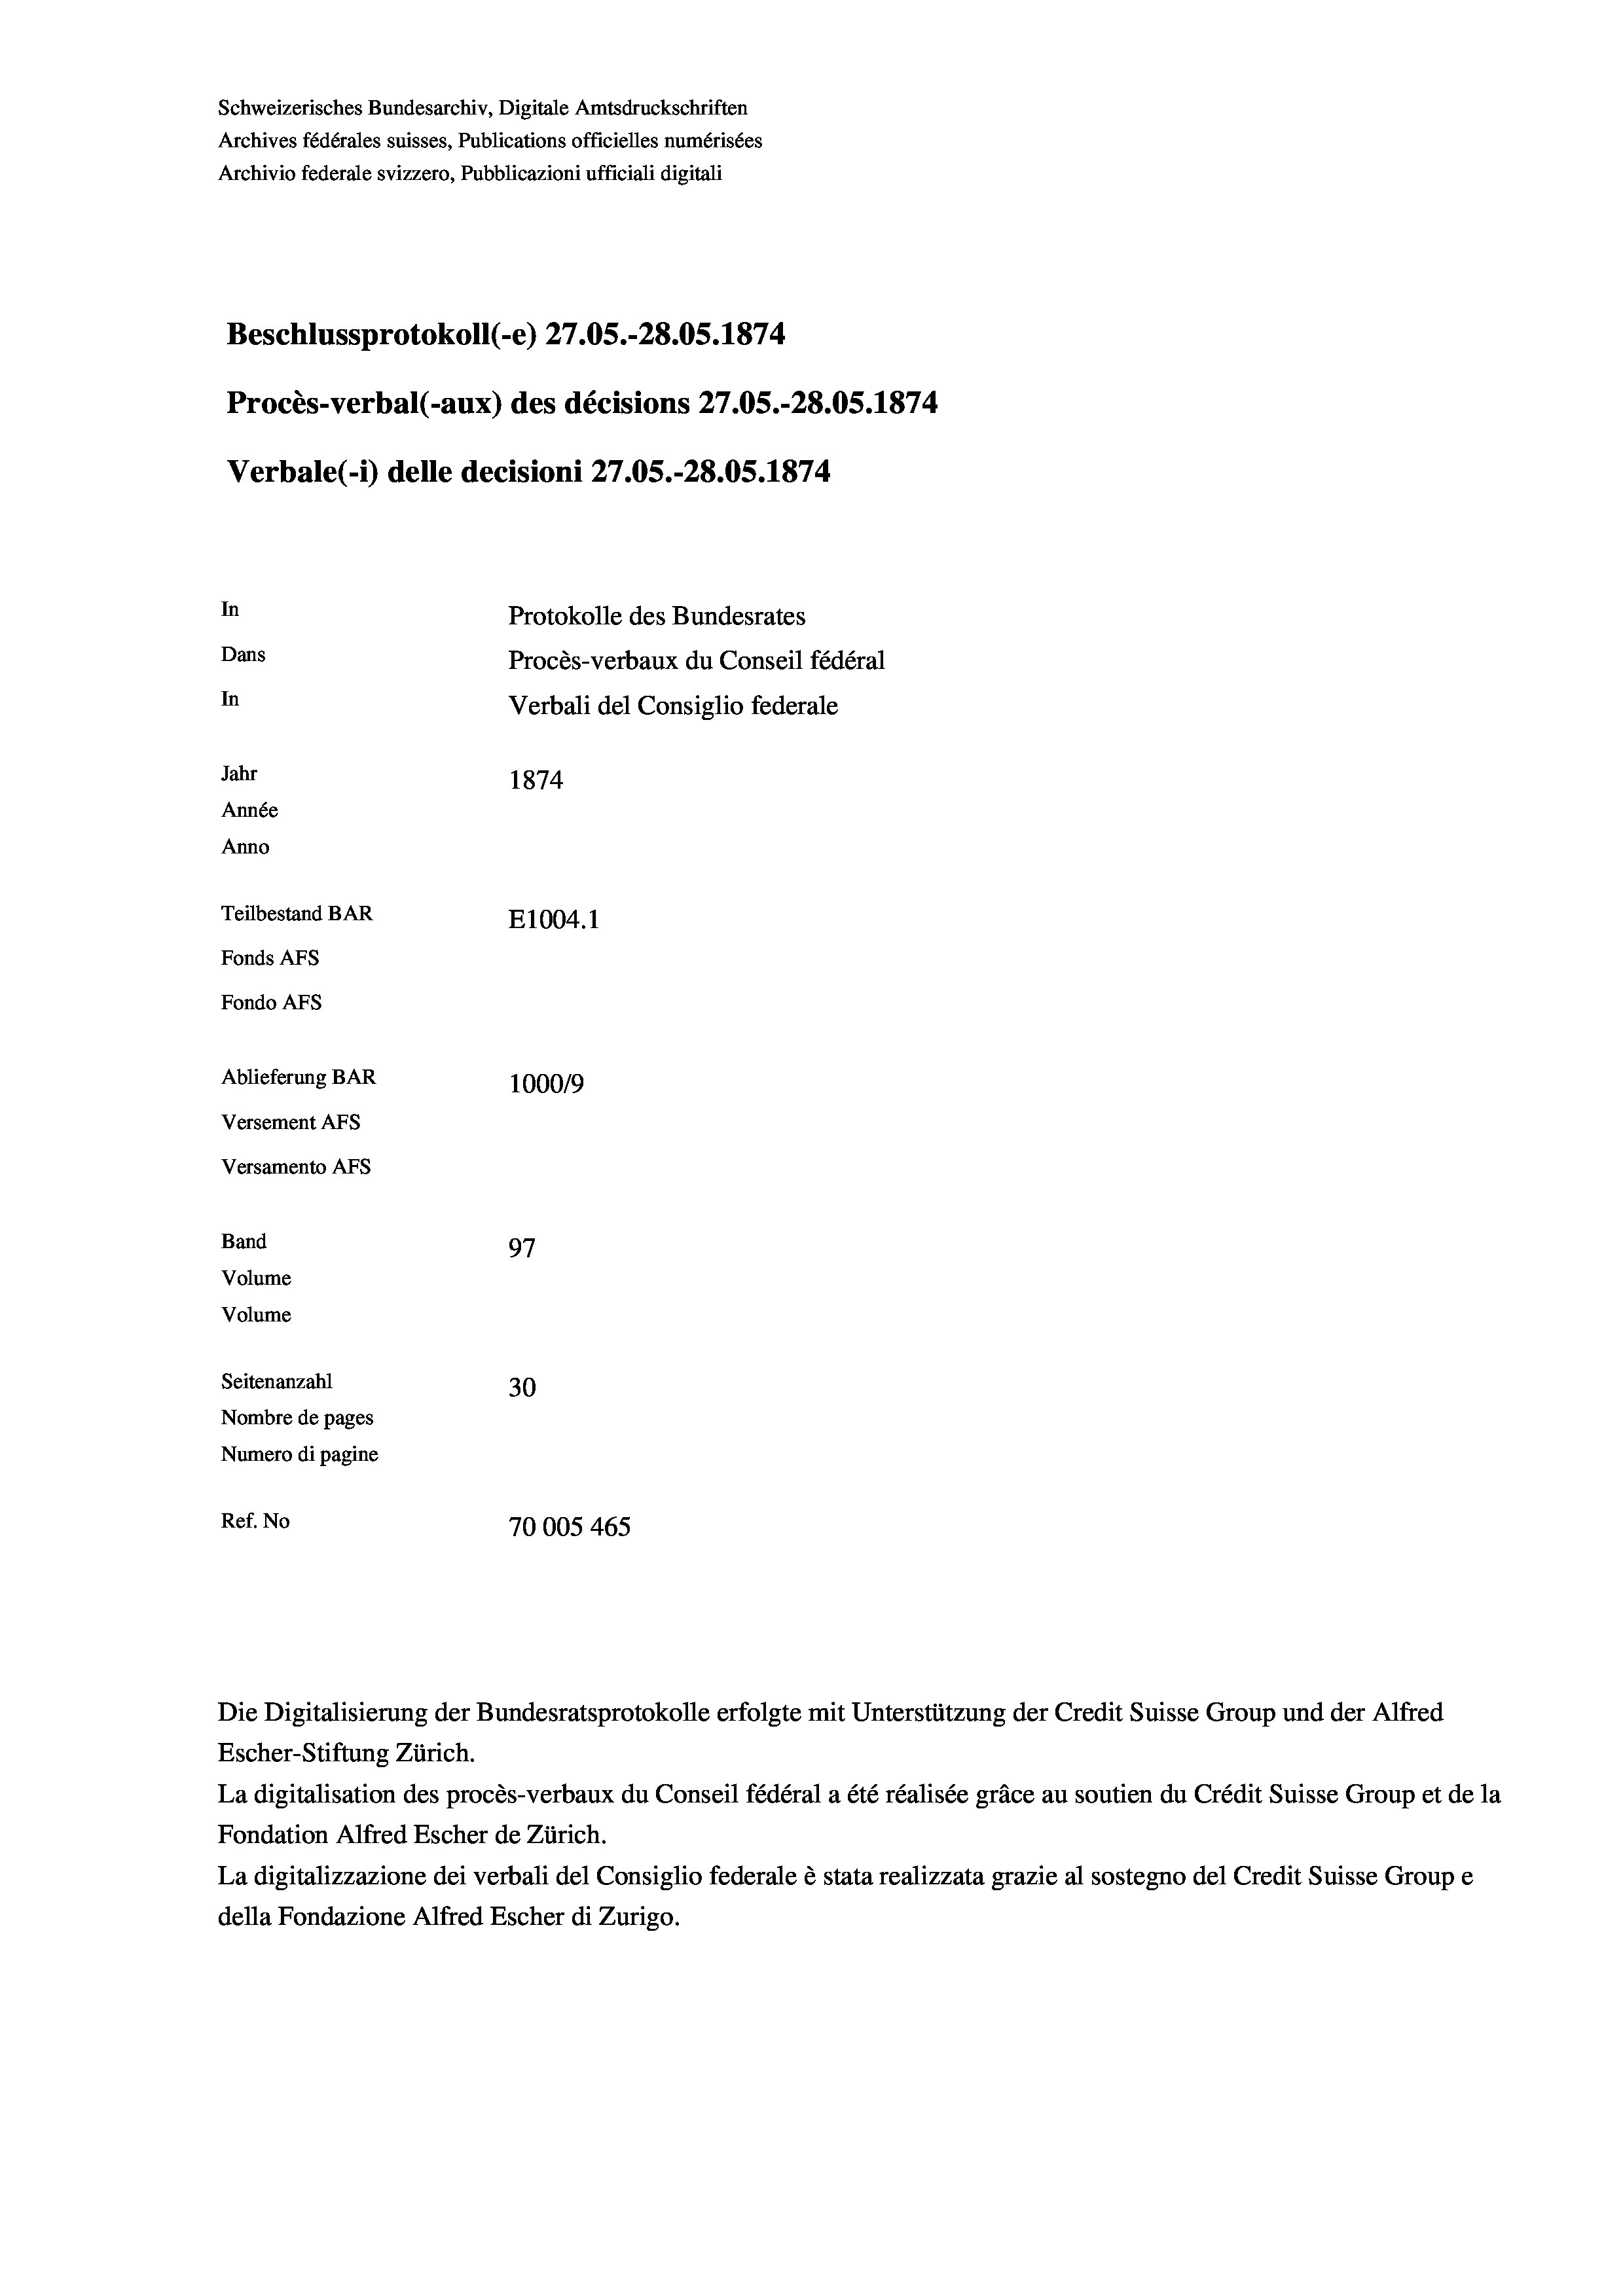
Schweizerisches Bundesarchiv, Digitale Amtsdruckschriften
Archives fédérales suisses, Publications officielles numérisées
Archivio federale svizzero, Pubblicazioni ufficiali digitali
Beschlussprotokoll (-e) 27.05.-28.05. 1874
Procès-verbal (-aux) des décisions 27.05.-28.05. 1874
Verbale (- 1) delle decisioni 27.05.-28.05. 1874
In
Protokolle des Bundesrates
Dans
Procès-verbaux du Conseil fédéral
In
Verbali del Consiglio federale
Jahr
1874
Année
Anno
Teilbestand BAR
E1004. 1
Fonds AFs
Fondo AFS
Ablieferung BAR
100019
Versement AFs
Versamento Afs
Band
97
Volume

Volume
Seitenanzahl
30
Nombre de pages
Numero di pagine
Ref. No
70005465

Die Digitalisierung der Bundesratsprotokolle erfolgte mit Unterstützung der Credit Suisse Group und der Alfred
Escher-Stiftung Zürich.
La digitalisation des procès-verbaux du Conseil fédéral a été réalisée gräce au soutien du Crédit Suisse Group et de la
Fondation Alfred Escher de Zürich.
La digitalizzazione dei verbali del Consiglio federale è stata realizzata grazie al sostegno del Credit Suisse Groupe
della Fondazione Alfred Escher di Zurigo.